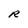
Character: R